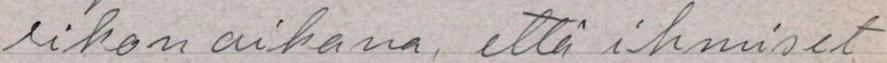
 rikon aikana, että ihmiset